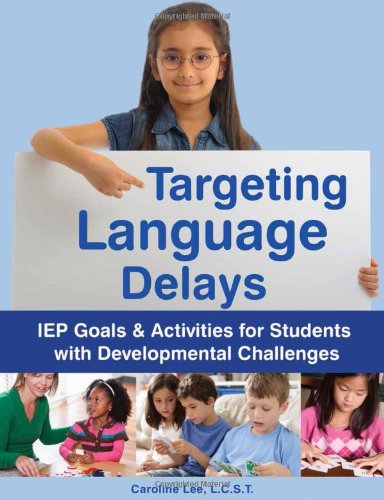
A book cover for Targeting Language Delays: IEP Goals & Activities for Students with Developmental Challenges; Caroline Lee; Medical Books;